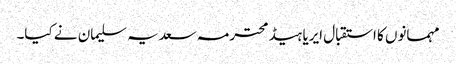
مہمانوں کا استقبال ایریا ہیڈ محترمہ سعدیہ سلیمان نے کیا۔